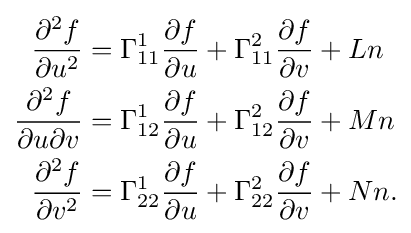
{\begin{aligned}{\frac {\partial ^{2}f}{\partial u^{2}}}&=\Gamma _{11}^{1}{\frac {\partial f}{\partial u}}+\Gamma _{11}^{2}{\frac {\partial f}{\partial v}}+Ln\\{\frac {\partial ^{2}f}{\partial u\partial v}}&=\Gamma _{12}^{1}{\frac {\partial f}{\partial u}}+\Gamma _{12}^{2}{\frac {\partial f}{\partial v}}+Mn\\{\frac {\partial ^{2}f}{\partial v^{2}}}&=\Gamma _{22}^{1}{\frac {\partial f}{\partial u}}+\Gamma _{22}^{2}{\frac {\partial f}{\partial v}}+Nn.\end{aligned}}